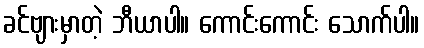
ခင်ဗျားမှာတဲ့ ဘီယာပါ။ ကောင်းကောင်း သောက်ပါ။